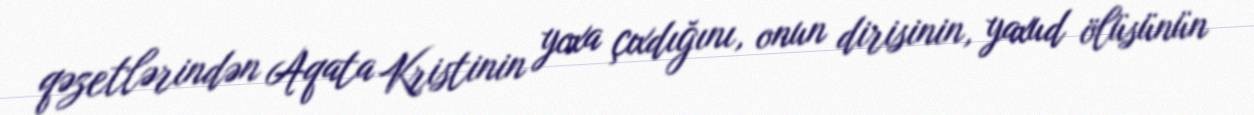
qəzetlərindən Aqata Kristinin yoxa çıxdığını, onun dirisinin, yaxud ölüsünün